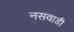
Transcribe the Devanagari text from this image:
नसवाडी